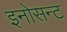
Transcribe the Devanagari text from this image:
इनोसन्ट